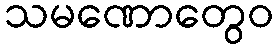
သမဏောတွေဝ